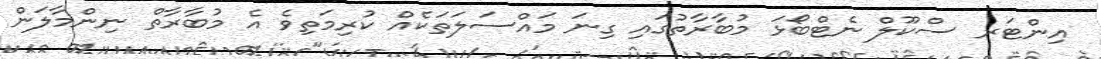
އިންޓަރ ސްކޫލް ނެޓްބޯޅަ މުބާރާތުގައި ގިނަ މައްސަލަތަކެއް ކުރިމަތިވެ އެ މުބާރާތް ނިންމާލަން